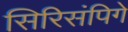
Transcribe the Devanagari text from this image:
सिरिसंपिगे